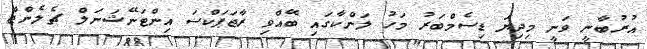
އުރުބާނީ ވަނީ މިދިޔަ ޑިސެމްބަރު މަހު ލަންކާގައި ބޭއްވި ރާޖަޕަކްސަ އިންޓަނޭޝަނަލް ޗެލެންޖް